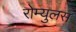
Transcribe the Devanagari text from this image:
रोम्युलस